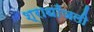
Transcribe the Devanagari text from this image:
श्राधाँजली